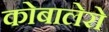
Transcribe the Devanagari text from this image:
कोबालेरो